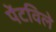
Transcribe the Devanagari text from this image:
पेंटविले